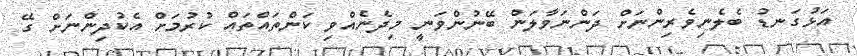
އަޅުގަނޑު ބެލެނިވެރިންނަށް ދަންނަވާލަން ބޭނުންވަނީ މިދެނެއްވި ކަންތައްތައް ކުރުމަށް އެކުދިންނަށް ގޭ